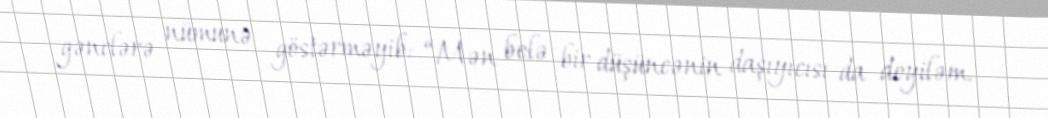
gənclərə nümunə göstərməyib: “Mən belə bir düşüncənin daşıyıcısı da deyiləm.